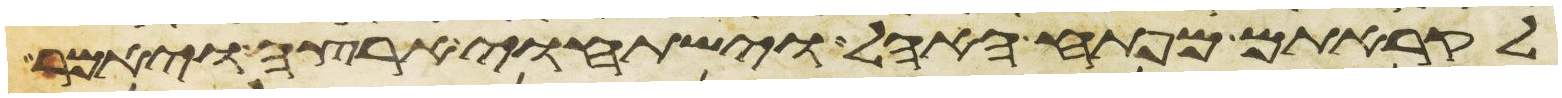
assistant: לקראתם מפתח האהל וישתחוי ארצה ויאמר